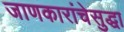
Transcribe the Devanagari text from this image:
जाणकारांचेसुद्धा